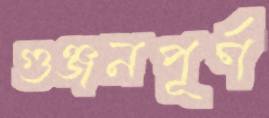
গুঞ্জনপূর্ণ